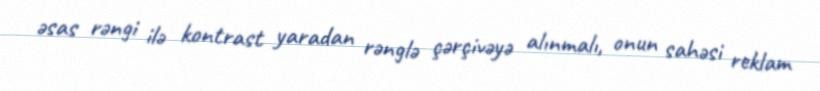
əsas rəngi ilə kontrast yaradan rənglə çərçivəyə alınmalı, onun sahəsi reklam